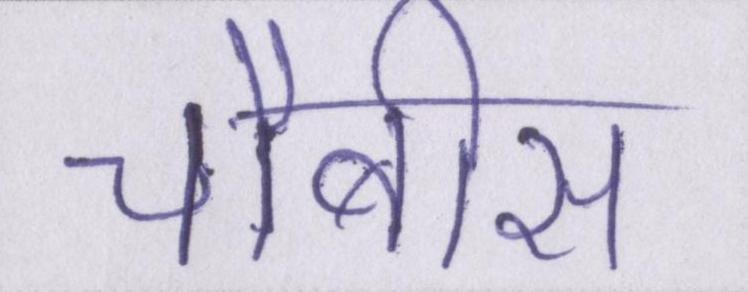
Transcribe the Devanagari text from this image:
चौबीस